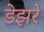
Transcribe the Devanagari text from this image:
डेझरे